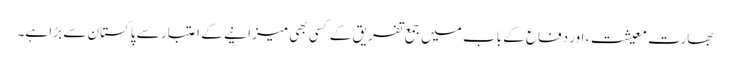
بھارت معیشت، اور دفاع کے باب میں جمع تفریق کے کسی بھی میزانیے کے اعتبار سے پاکستان سے بڑا ہے۔